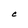
Character: C